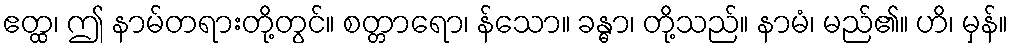
ဧတ္ထ၊ ဤ နာမ်တရားတို့တွင်။ စတ္တာရော၊ န်သော။ ခန္ဓာ၊ တို့သည်။ နာမံ၊ မည်၏။ ဟိ၊ မှန်။